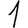
Digit: 1